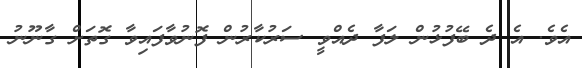
އެވެ. އެ ދެ ބޭފުޅުން ލަފާ ދެއްވީ ސަރުކާރުން ފޮނުވާފައިވާ ގޮތަށް ގާނޫނު